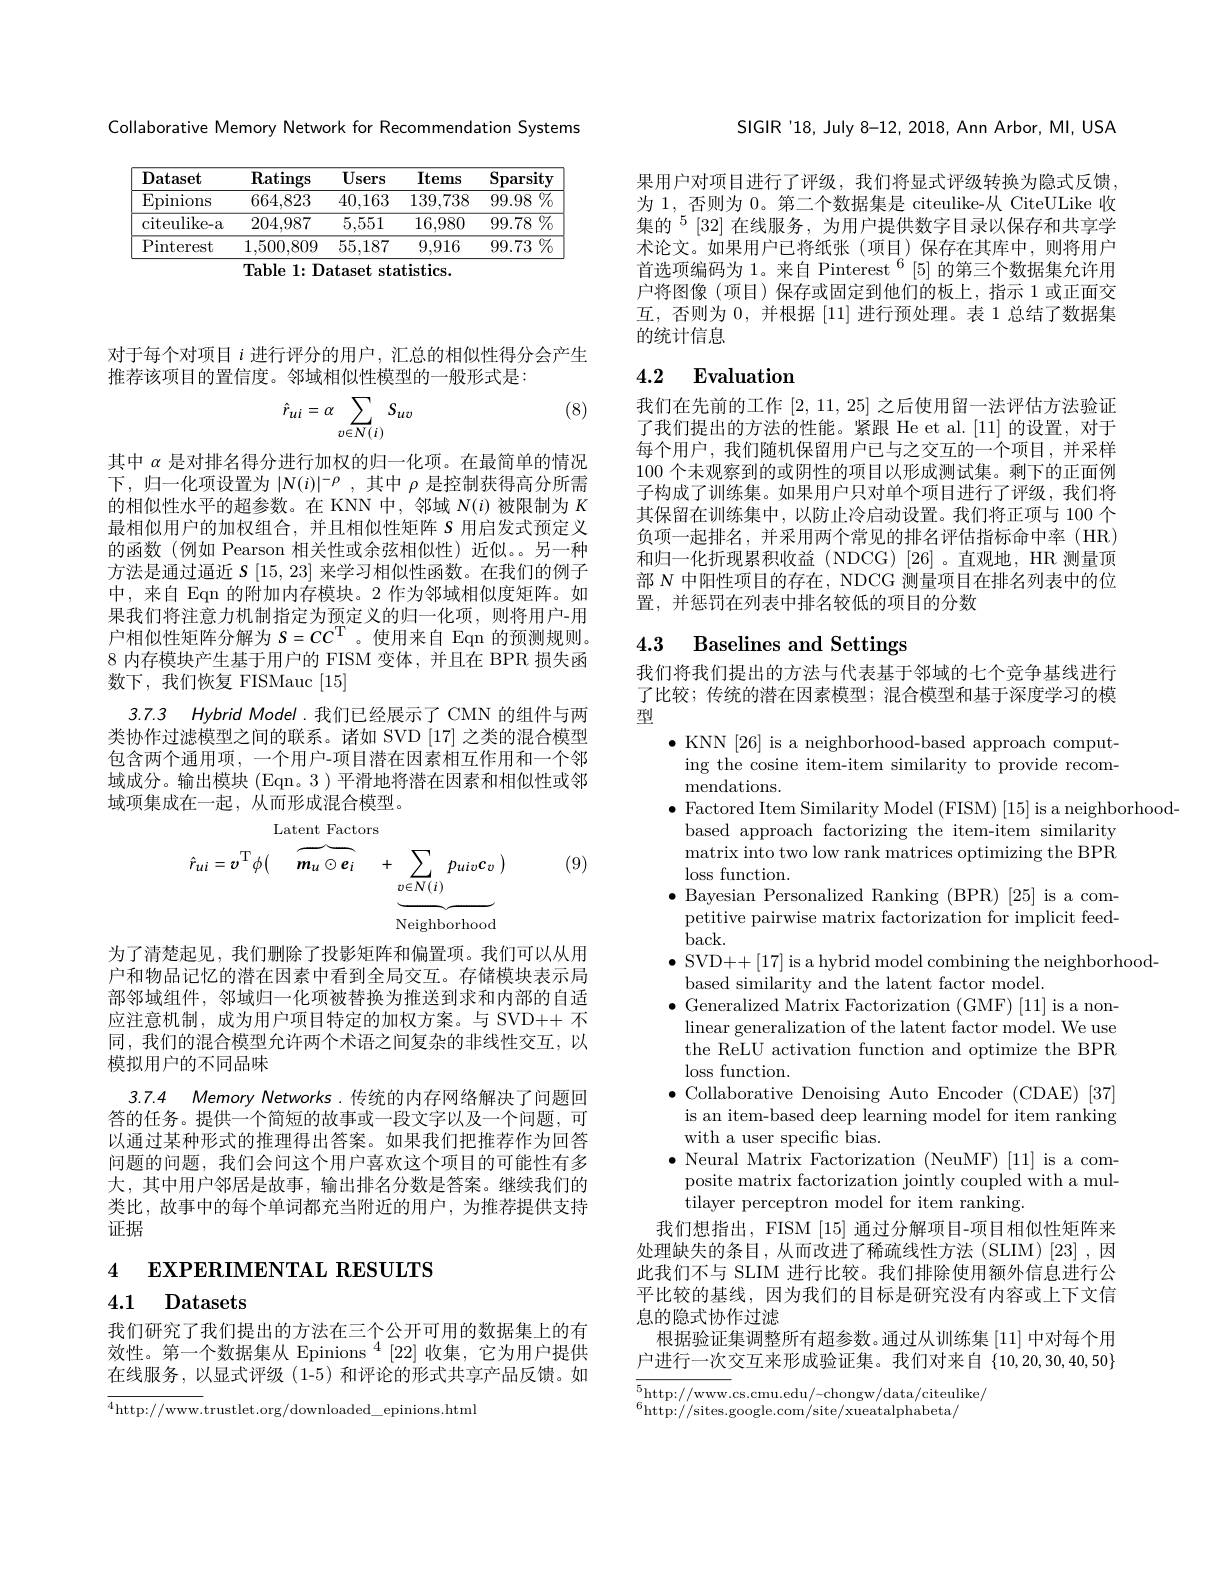
Collaborative Memory Network for Recommendation Systems

<table>
	<tbody>
		<tr>
			<th>$\mathbf{D}$ataset</th>
			<th>$\mathbf{Ratings}$</th>
			<th>$\overline{\mathbf{U}\text{sers}}$</th>
			<th>Items</th>
			<th>$\mathbf{Sparsity}$</th>
		</tr>
		<tr>
			<td>$\operatorname{Epinions}$</td>
			<td>664,823</td>
			<td>40,163</td>
			<td>139,738</td>
			<td>${\overline{99.98}\:\%}$</td>
		</tr>
		<tr>
			<td>citeulike-a</td>
			<td>204,987</td>
			<td>5,551</td>
			<td>16,980</td>
			<td>$\overline{99.78\:\%}$</td>
		</tr>
		<tr>
			<td>Pinterest</td>
			<td>1,500,809</td>
			<td>55,187</td>
			<td>9,916</td>
			<td>99.73 $\%$</td>
		</tr>
	</tbody>
</table>
Table 1: Dataset statistics.

对于每个对项目$i$进行评分的用户，汇总的相似性得分会产生
推荐该项目的置信度。邻域相似性模型的一般形式是：

(8)
$$\hat{r}_{ui}=\alpha\sum_{v\in N(i)}S_{uv}$$
其中$\alpha$是对排名得分进行加权的归一化项。在最简单的情况下，归一化项设置为$|N(i)|^-\rho$,其中$\rho$是控制获得高分所需的相似性水平的超参数。在 KNN 中，邻域$N(i)$被限制为$K$ 最相似用户的加权组合，并且相似性矩阵$S$用启发式预定义的函数(例如 Pearson 相关性或余弦相似性)近似。另一种方法是通过逼近$S$ [15, 23] 来学习相似性函数。在我们的例子中，来自 Eqn 的附加内存模块。2 作为邻域相似度矩阵。如果我们将注意力机制指定为预定义的归一化项，则将用户-用户相似性矩阵分解为$S=CC^\mathrm{T}$ 。使用来自 Eqn 的预测规则。8 内存模块产生基于用户的 FISM 变体，并且在 BPR 损失函数下，我们恢复 FISMauc [15]
3.7.3 Hybrid Model.我们已经展示了 CMN 的组件与两类协作过滤模型之间的联系。诸如 SVD [17]之类的混合模型包含两个通用项，一个用户-项目潜在因素相互作用和一个邻域成分。输出模块 (Eqn。3 ) 平滑地将潜在因素和相似性或邻域项集成在一起，从而形成混合模型。

(9)
$$\hat{r}_{ui}=\boldsymbol{v}^{\mathrm{T}}\phi\big(\overbrace{\boldsymbol{m}_{u}\odot\boldsymbol{e}_{i}}^{\mathrm{Latent~ractors}}+\underbrace{\sum_{v\in N(i)}p_{uiv}\boldsymbol{c}_{v}}\big)$$
为了清楚起见，我们删除了投影矩阵和偏置项。我们可以从用户和物品记忆的潜在因素中看到全局交互。存储模块表示局部邻域组件，邻域归一化项被替换为推送到求和内部的自适应注意机制，成为用户项目特定的加权方案。与 SVD++ 不同，我们的混合模型允许两个术语之间复杂的非线性交互，以模拟用户的不同品味
3.7.4 Memory Networks.传统的内存网络解决了问题回答的任务。提供一个简短的故事或一段文字以及一个问题，可以通过某种形式的推理得出答案。如果我们把推荐作为回答问题的问题，我们会问这个用户喜欢这个项目的可能性有多大，其中用户邻居是故事，输出排名分数是答案。继续我们的类比，故事中的每个单词都充当附近的用户，为推荐提供支持证据

4 EXPERIMENTAL RESULTS

4.1 Datasets

我们研究了我们提出的方法在三个公开可用的数据集上的有效性。第一个数据集从 Epinions $^4[22]$收集，它为用户提供在线服务，以显式评级(1-5)和评论的形式共享产品反馈。如

$^{4}$http://www.trustlet.org/downloaded\_epinions.html

SIGIR'18,July 8-12, 2018, Ann Arbor, MI, USA

果用户对项目进行了评级，我们将显式评级转换为隐式反馈为 1, 否则为 0。第二个数据集是 citeulike-从 CiteULike 收集的$^{5}[32]$ 在线服务，为用户提供数字目录以保存和共享学术论文。如果用户已将纸张(项目)保存在其库中，则将用户首选项编码为 1。来自 Pinterest $^6[5]$的第三个数据集允许用户将图像(项目)保存或固定到他们的板上，指示 1 或正面交互，否则为0，并根据[11]进行预处理。表 1 总结了数据集的统计信息

# 4.2 Evaluation

我们在先前的工作[2,11,25]之后使用留一法评估方法验证了我们提出的方法的性能。紧跟 He et al.[11] 的设置，对于每个用户，我们随机保留用户已与之交互的一个项目，并采样100个未观察到的或阴性的项目以形成测试集。剩下的正面例子构成了训练集。如果用户只对单个项目进行了评级，我们将其保留在训练集中，以防止冷启动设置。我们将正项与 100 个负项一起排名，并采用两个常见的排名评估指标命中率(HR) 和归一化折现累积收益 (NDCG)[26]。直观地，HR 测量顶部$N$中阳性项目的存在，NDCG 测量项目在排名列表中的位置，并惩罚在列表中排名较低的项目的分数

# 4.3 Baselines and Settings

我们将我们提出的方法与代表基于邻域的七个竞争基线进行了比较；传统的潜在因素模型；混合模型和基于深度学习的模型
$\bullet$ KNN [26] is a neighborhood-based approach comput-
ing the cosine item-item similarity to provide recom-
${\mathrm{mendations.}}$
$\bullet$ Factored Item Similarity Model (FISM) [15] is a neighborhood-
based approach factorizing the item-item similarity matrix into two low rank matrices optimizing the BPR loss function.
$\bullet$ Bayesian Personalized Ranking (BPR) [25] is a competitive pairwise matrix factorization for implicit feed- $back.$
$\bullet$ SVD++[17] is a hybrid model combining the neighborhood-
based similarity and the latent factor model.
$\bullet$ Generalized Matrix Factorization (GMF) [11] is a non-
linear generalization of the latent factor model. We use the ReLU activation function and optimize the BPR loss function.
$\bullet$ Collaborative Denoising Auto Encoder (CDAE)[37] is an item-based deep learning model for item ranking with a user specific bias.
$\bullet$ Neural Matrix Factorization (NeuMF) [11] is a com-
posite matrix factorization jointly coupled with a mul-
tilayer perceptron model for item ranking.
我们想指出，FISM [15]通过分解项目-项目相似性矩阵来处理缺失的条目，从而改进了稀疏线性方法(SLIM)[23],因此我们不与 SLIM 进行比较。我们排除使用额外信息进行公平比较的基线，因为我们的目标是研究没有内容或上下文信息的隐式协作过滤
根据验证集调整所有超参数。通过从训练集[11]中对每个用户进行一次交互来形成验证集。我们对来自{10,20,30,40,50} $\overline{{^5}\mathrm{http://www.cs.cmu.edu/-chongw/data/citeulike/}}$ 6Lithandandan andan andan an / and an data/ citeulike/

$^{6}$http://sites.google.com/site/xueatalphabeta/